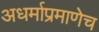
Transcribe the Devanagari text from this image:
अधर्माप्रमाणेच